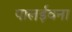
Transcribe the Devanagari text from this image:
पालईवना